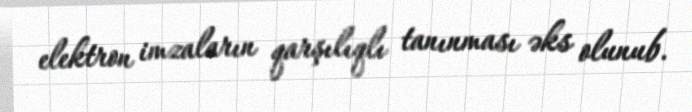
elektron imzaların qarşılıqlı tanınması əks olunub.